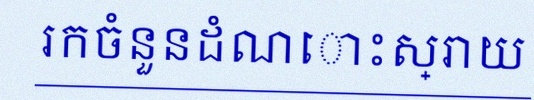
រកចំនួនដំណោះស្រាយ